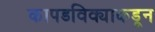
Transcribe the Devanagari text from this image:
कापडविक्याकडून